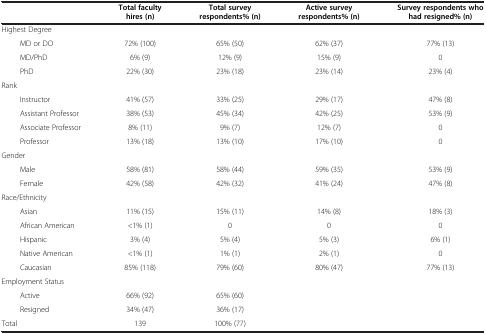
<table><thead><tr><td><b> </b></td><td><b>Total faculty hires (n)</b></td><td><b>Total survey respondents% (n)</b></td><td><b>Active survey respondents% (n)</b></td><td><b>Survey respondents who had resigned% (n)</b></td></tr></thead><tbody><tr><td>Highest Degree</td><td> </td><td> </td><td> </td><td> </td></tr><tr><td>MD or DO</td><td>72% (100)</td><td>65% (50)</td><td>62% (37)</td><td>77% (13)</td></tr><tr><td>MD/PhD</td><td>6% (9)</td><td>12% (9)</td><td>15% (9)</td><td>0</td></tr><tr><td>PhD</td><td>22% (30)</td><td>23% (18)</td><td>23% (14)</td><td>23% (4)</td></tr><tr><td>Rank</td><td> </td><td> </td><td> </td><td> </td></tr><tr><td>Instructor</td><td>41% (57)</td><td>33% (25)</td><td>29% (17)</td><td>47% (8)</td></tr><tr><td>Assistant Professor</td><td>38% (53)</td><td>45% (34)</td><td>42% (25)</td><td>53% (9)</td></tr><tr><td>Associate Professor</td><td>8% (11)</td><td>9% (7)</td><td>12% (7)</td><td>0</td></tr><tr><td>Professor</td><td>13% (18)</td><td>13% (10)</td><td>17% (10)</td><td>0</td></tr><tr><td>Gender</td><td> </td><td> </td><td> </td><td> </td></tr><tr><td>Male</td><td>58% (81)</td><td>58% (44)</td><td>59% (35)</td><td>53% (9)</td></tr><tr><td>Female</td><td>42% (58)</td><td>42% (32)</td><td>41% (24)</td><td>47% (8)</td></tr><tr><td>Race/Ethnicity</td><td> </td><td> </td><td> </td><td> </td></tr><tr><td>Asian</td><td>11% (15)</td><td>15% (11)</td><td>14% (8)</td><td>18% (3)</td></tr><tr><td>African American</td><td>&lt;1% (1)</td><td>0</td><td>0</td><td>0</td></tr><tr><td>Hispanic</td><td>3% (4)</td><td>5% (4)</td><td>5% (3)</td><td>6% (1)</td></tr><tr><td>Native American</td><td>&lt;1% (1)</td><td>1% (1)</td><td>2% (1)</td><td>0</td></tr><tr><td>Caucasian</td><td>85% (118)</td><td>79% (60)</td><td>80% (47)</td><td>77% (13)</td></tr><tr><td>Employment Status</td><td> </td><td> </td><td> </td><td> </td></tr><tr><td>Active</td><td>66% (92)</td><td>65% (60)</td><td> </td><td> </td></tr><tr><td>Resigned</td><td>34% (47)</td><td>36% (17)</td><td> </td><td> </td></tr><tr><td>Total</td><td>139</td><td>100% (77)</td><td> </td><td> </td></tr></tbody></table>